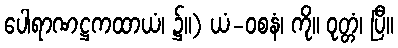
ပေါရာဏဋ္ဌကထာယံ၊ ၌။) ယံ-ဝစနံ၊ ကို။ ဝုတ္တံ၊ ပြီ။